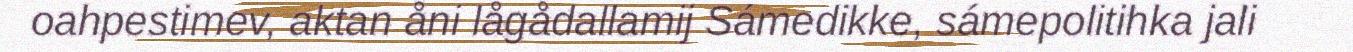
oahpestimev, aktan åni lågådallamij Sámedikke, sámepolitihka jali